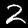
Digit: 2